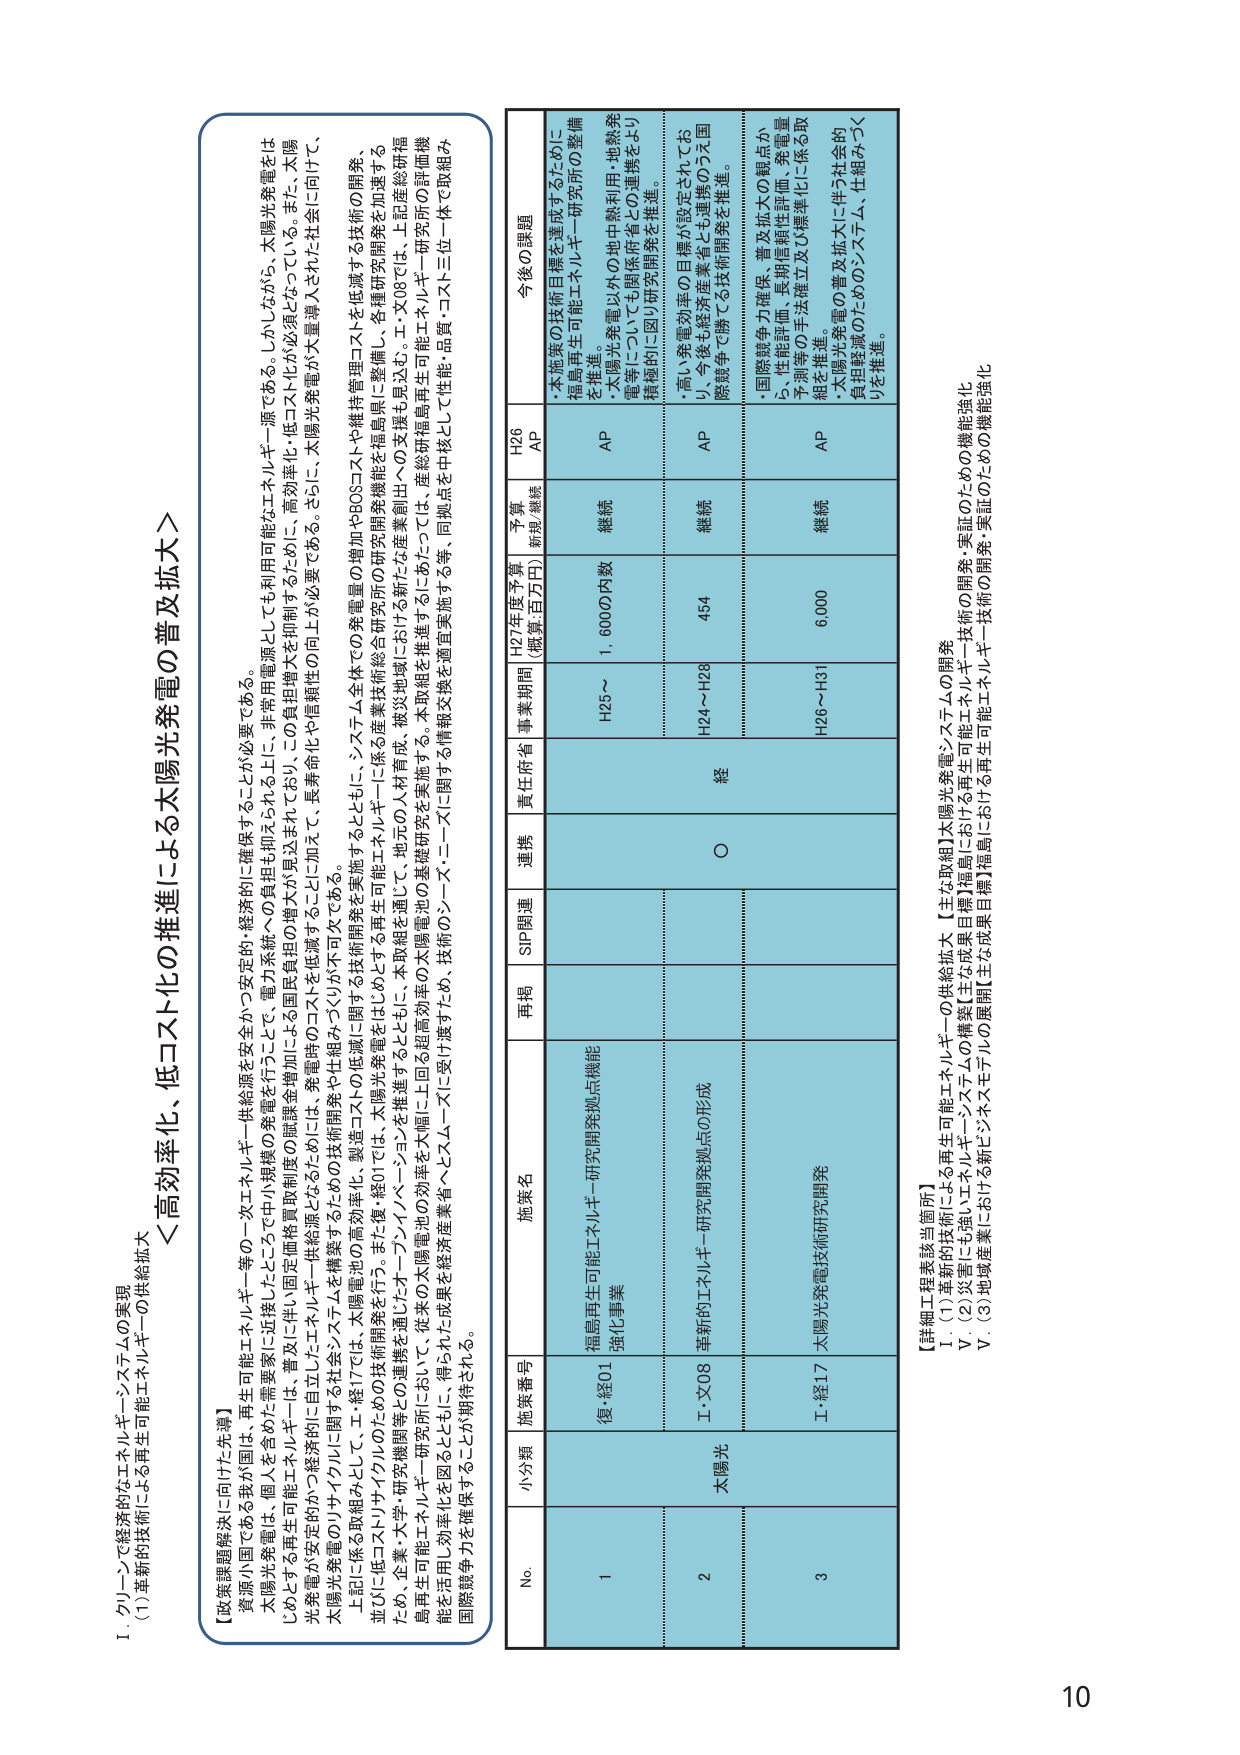
＜高効率化、低コスト化の推進による太陽光発電の普及拡大＞

【政策課題解決に向けた先導】
資源小国である我が国は、再生可能エネルギー等の一次エネルギー供給源を安全かつ安定的・経済的に確保することが必要である。
太陽光発電は、個人を含めた需要家に近接したところで中小規模の発電を行うことで、電力系統への負担も抑えられる上に、非常用電源としても利用可能なエネルギー源である。しかしながら、太陽光発電をはじめとする再生可能エネルギーは、普及に伴い固定価格買取制度の価格を増加させる傾向が見込まれており、この負担増大を抑制するために、高効率化・低コスト化が必須となっている。また、太陽光発電が安定的かつ経済的に自立したエネルギー供給源となるためには、発電時のコストを低減することに加えて、長寿命化や信頼性の向上が必要である。さらに、太陽光発電が大量導入された社会に向け、太陽光発電のリサイクルに関する社会システムを構築するための技術開発や仕組みづくりが不可欠である。
上記に係る取組みとして、工・経17では、太陽光発電に関する技術開発を実施するとともに、システム全体での発電量の増加やBOSコストや維持管理コストを低減する技術の開発、並びに低コスト化・高効率化・製造コストの低減に貢献する太陽光発電をはじめとする再生可能エネルギーに係る産業技術総合研究所の研究開発機能を短島県に整備し、各種研究開発を加速する。また、企業・大学・研究機関等との連携を通じたオープンイノベーションを推進するとともに、本取組を通じて、地元の人材育成、被災地域における新たな産業創出への支援も見込む。工・文08では、上記産業研究福島再生可能エネルギー研究所・研究の詳細機能を活用し効率化を図るとともに、得られた成果を経済産業省へとスムーズに受け渡すため、技術のシーズに関する情報交換を適宜実施する等、同拠点を中核として性能・品質・コスト三位一体で取組み国際競争力を確保することが期待される。

No. 小分類 施策番号 施策名 再掲 SIP関連 連携 責任府省 事業期間 H27年度予算 (概算・百万円) 予算 新規/継続 H26 AP 今後の課題
1 福島再生可能エネルギー研究開発拠点機能強化事業 復・経01 H25～ 1,600の内数 継続 AP ・本施策の技術目標を達成するために福島再生可能エネルギー研究所の整備を推進。 ・太陽光発電以外の地中熱利用・地熱発電等についても関係府省との連携をより積極的に図り研究開発を推進。
2 太陽光 工・文08 革新的エネルギー研究開発拠点の形成 H24～H28 454 継続 AP ・高い発電効率の目標が設定されており、今後も経済産業省とも連携のうえ国際競争で勝てる技術開発を推進。
3 工・経17 太陽光発電技術研究開発 H26～H31 6,000 継続 AP ・国際競争力確保、普及拡大の観点から、性能評価、長期信頼性評価、発電量予測等の手法確立及び標準化に係る取組を推進。 ・太陽光発電の普及拡大に伴う社会的負担軽減のためのシステム、仕組みづくりを推進。

【詳細工程表該当箇所】
Ⅰ．(1)革新的技術による再生可能エネルギーの供給拡大 【主な取組】太陽光発電・システムの開発
Ⅴ．(2)災害にも強いエネルギー・システムの構築【主な成果目標】福島における再生可能エネルギー技術の開発・実証のための機能強化
Ⅴ．(3)地域産業における新ビジネスモデルの展開【主な成果目標】福島における再生可能エネルギー技術の開発・実証のための機能強化

10